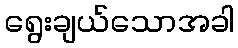
ရွေးချယ်သောအခါ